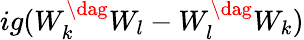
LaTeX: ig(W_{k}^{\dag}W_{l}-W_{l}^{\dag}W_{k})